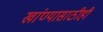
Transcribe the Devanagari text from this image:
खांण्यासाठीही